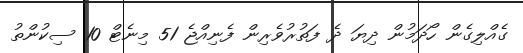
ގެއްލިގެން ހޯދަމުން ދިޔަ ދެ ފަތުރުވެރިން ފެނިއްޖެ 51 މިނެޓް 10 ސިކުންތު